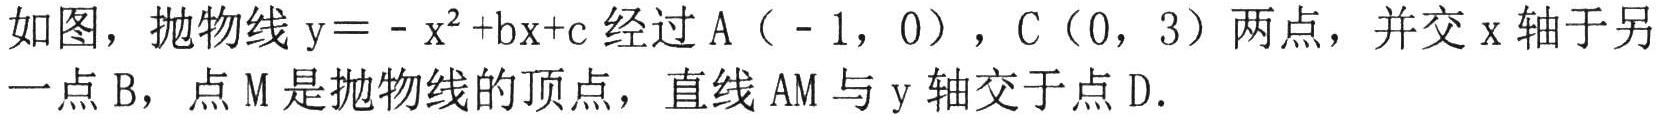
如图，抛物线\(y=-x^{2}+bx + c\)经过A（-1，0），C（0，3）两点，并交\(x\)轴于另一点B，点M是抛物线的顶点，直线AM与\(y\)轴交于点D.